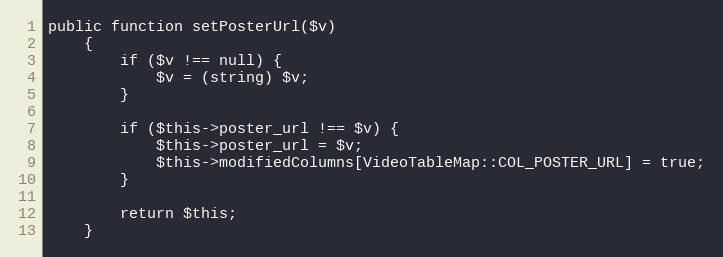
Language: PHP
public function setPosterUrl($v)
    {
        if ($v !== null) {
            $v = (string) $v;
        }

        if ($this->poster_url !== $v) {
            $this->poster_url = $v;
            $this->modifiedColumns[VideoTableMap::COL_POSTER_URL] = true;
        }

        return $this;
    }